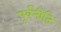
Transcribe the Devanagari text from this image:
पूर्वनीति